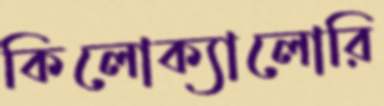
কিলোক্যালোরি